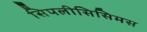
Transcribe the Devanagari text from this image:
सिपलीसिसिमस